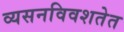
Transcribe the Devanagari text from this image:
व्यसनविवशतेत